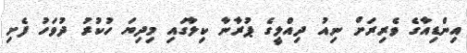
އިންޑިއާގެ ވެރިރަށް ނިއު ދިއްލީގެ ޕުރާނާ ކިލާގައި މިދިޔަ ހުކުރު ދުވަހު ފެށި